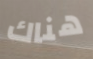
هناك